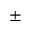
\pm